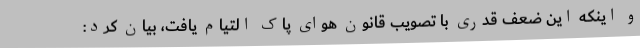
و اینکه این ضعف قدری با تصویب قانون هوای پاک التیام یافت، بیان کرد: